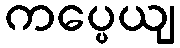
ကပ္ပေယျ